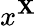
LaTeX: x^{\mathbf{X}}